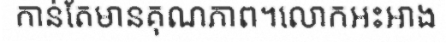
កាន់តែមានគុណភាព។លោកអះអាង